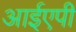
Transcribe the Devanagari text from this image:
आईएपी